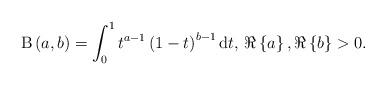
LaTeX: \begin{align*}\mathrm{B}\left(a, b\right) = \int_0^1 t^{a-1}\left(1-t\right)^{b-1} \mathrm{d}t, &\,\, \Re \left\lbrace a \right\rbrace, \Re \left\lbrace b \right\rbrace > 0. \end{align*}